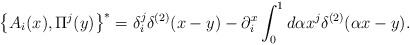
\begin{align*}\left\{ {A_i (x),\Pi ^j (y)} \right\}^ * = \delta_i^j \delta^{(2)} (x - y) - \partial _i^x \int_0^1 {d\alpha x^j \delta ^{(2)}} (\alpha x - y) . \end{align*}